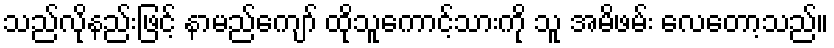
သည်လိုနည်းဖြင့် နာမည်ကျော် ထိုသူကောင့်သားကို သူ အမိဖမ်း လေတော့သည်။